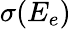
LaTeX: \sigma(E_{e})